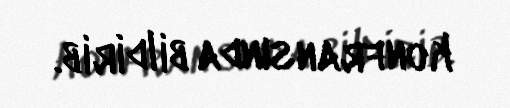
konfransında bildirib.